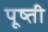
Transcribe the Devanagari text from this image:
पूष्ती